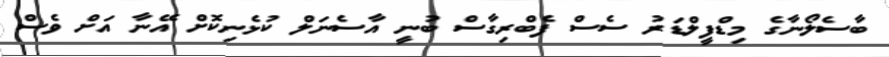
ބާސެލޯނާގެ މިޑްފީލްޑަރު ސެސް ފެބްރިގާސް ބުނީ އާސެނަލް ކުޅެނިކޮށް އޭނާ އަށް ވެސް